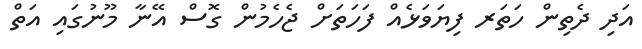
އަދި ދެތިން ހަތަރ ފިޔަވަޅެއް ފަހަތަށް ޖެހެމުން ގޮސް އޭނާ މޫނުގައި އަތް